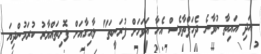
އަދި އައިތާ ނުވާނެ ދެހަފްތާވެސް އެހާ އަވަހަށް ފުރަނީތަ" ލާއިގާއަށް ފޮށިތައްޔާރު ކުރަމުންދިޔަ